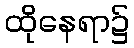
ထိုနေရာ၌